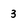
Character: 3